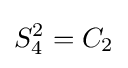
S_{4}^{2}=C_{2}